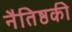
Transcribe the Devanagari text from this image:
नैतिष्ठकी